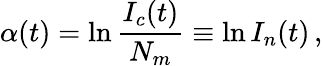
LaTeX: \alpha(t)=\ln\frac{I_{c}(t)}{N_{m}}\equiv\ln I_{n}(t)\, ,